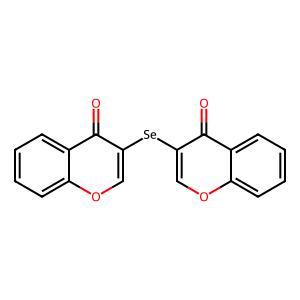
SMILES: O=c1c([Se]c2coc3ccccc3c2=O)coc2ccccc12
Inhibits HIV replication: No